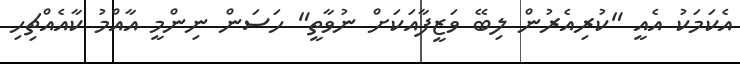
އެކަމަކު އެއީ "ކުރިއެރުން ލިބޭ ވަޒީފާއަކަށް ނުވާތީ" ހަސަން ނިންމީ އާއްމު ކާއެއްޗިހި